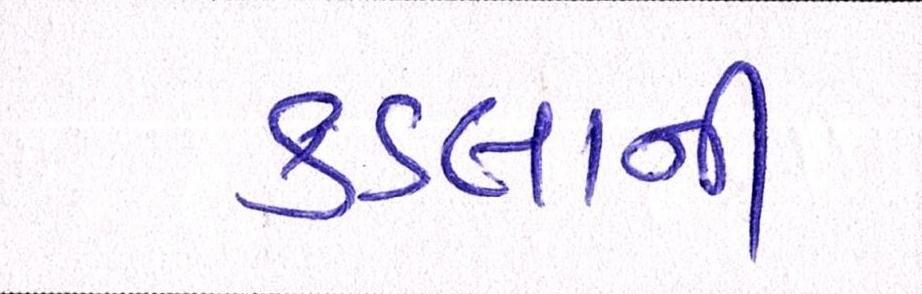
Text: કડલાની